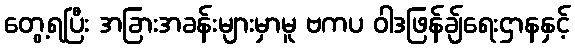
တွေ့ရပြီး အခြားအခန်းများမှာမူ ဗကပ ဝါဒဖြန်ချ်ရေးဌာနနှင့်